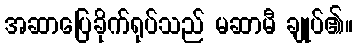
အဆာပြေခိုက်ရုပ်သည် မဆာမီ ချုပ်၏။